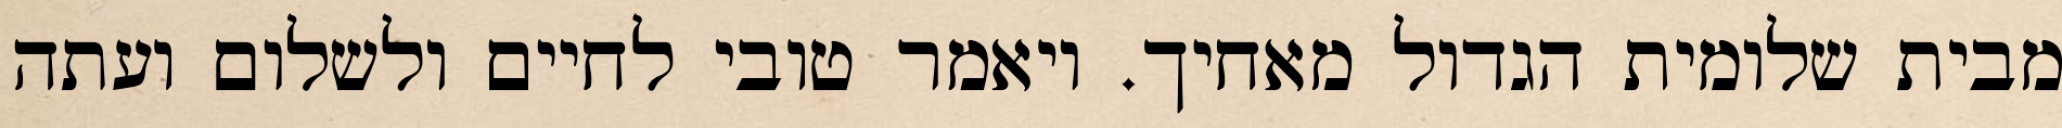
מבית שלומית הגדול מאחיך. ויאמר טובי לחיים ולשלום ועתה